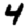
Digit: 4